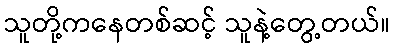
သူတို့ကနေတစ်ဆင့် သူနဲ့တွေ့တယ်။